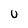
Character: U